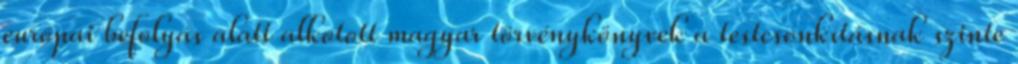
európai befolyás alatt alkotott magyar törvénykönyvek a testcsonkításnak szinte